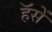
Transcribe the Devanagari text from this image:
हॅसें